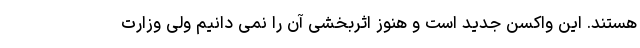
هستند. این واکسن جدید است و هنوز اثربخشی آن را نمی دانیم ولی وزارت